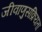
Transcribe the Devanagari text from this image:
जीवाणुसक्रियता